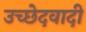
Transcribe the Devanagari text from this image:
उच्छेदवादी